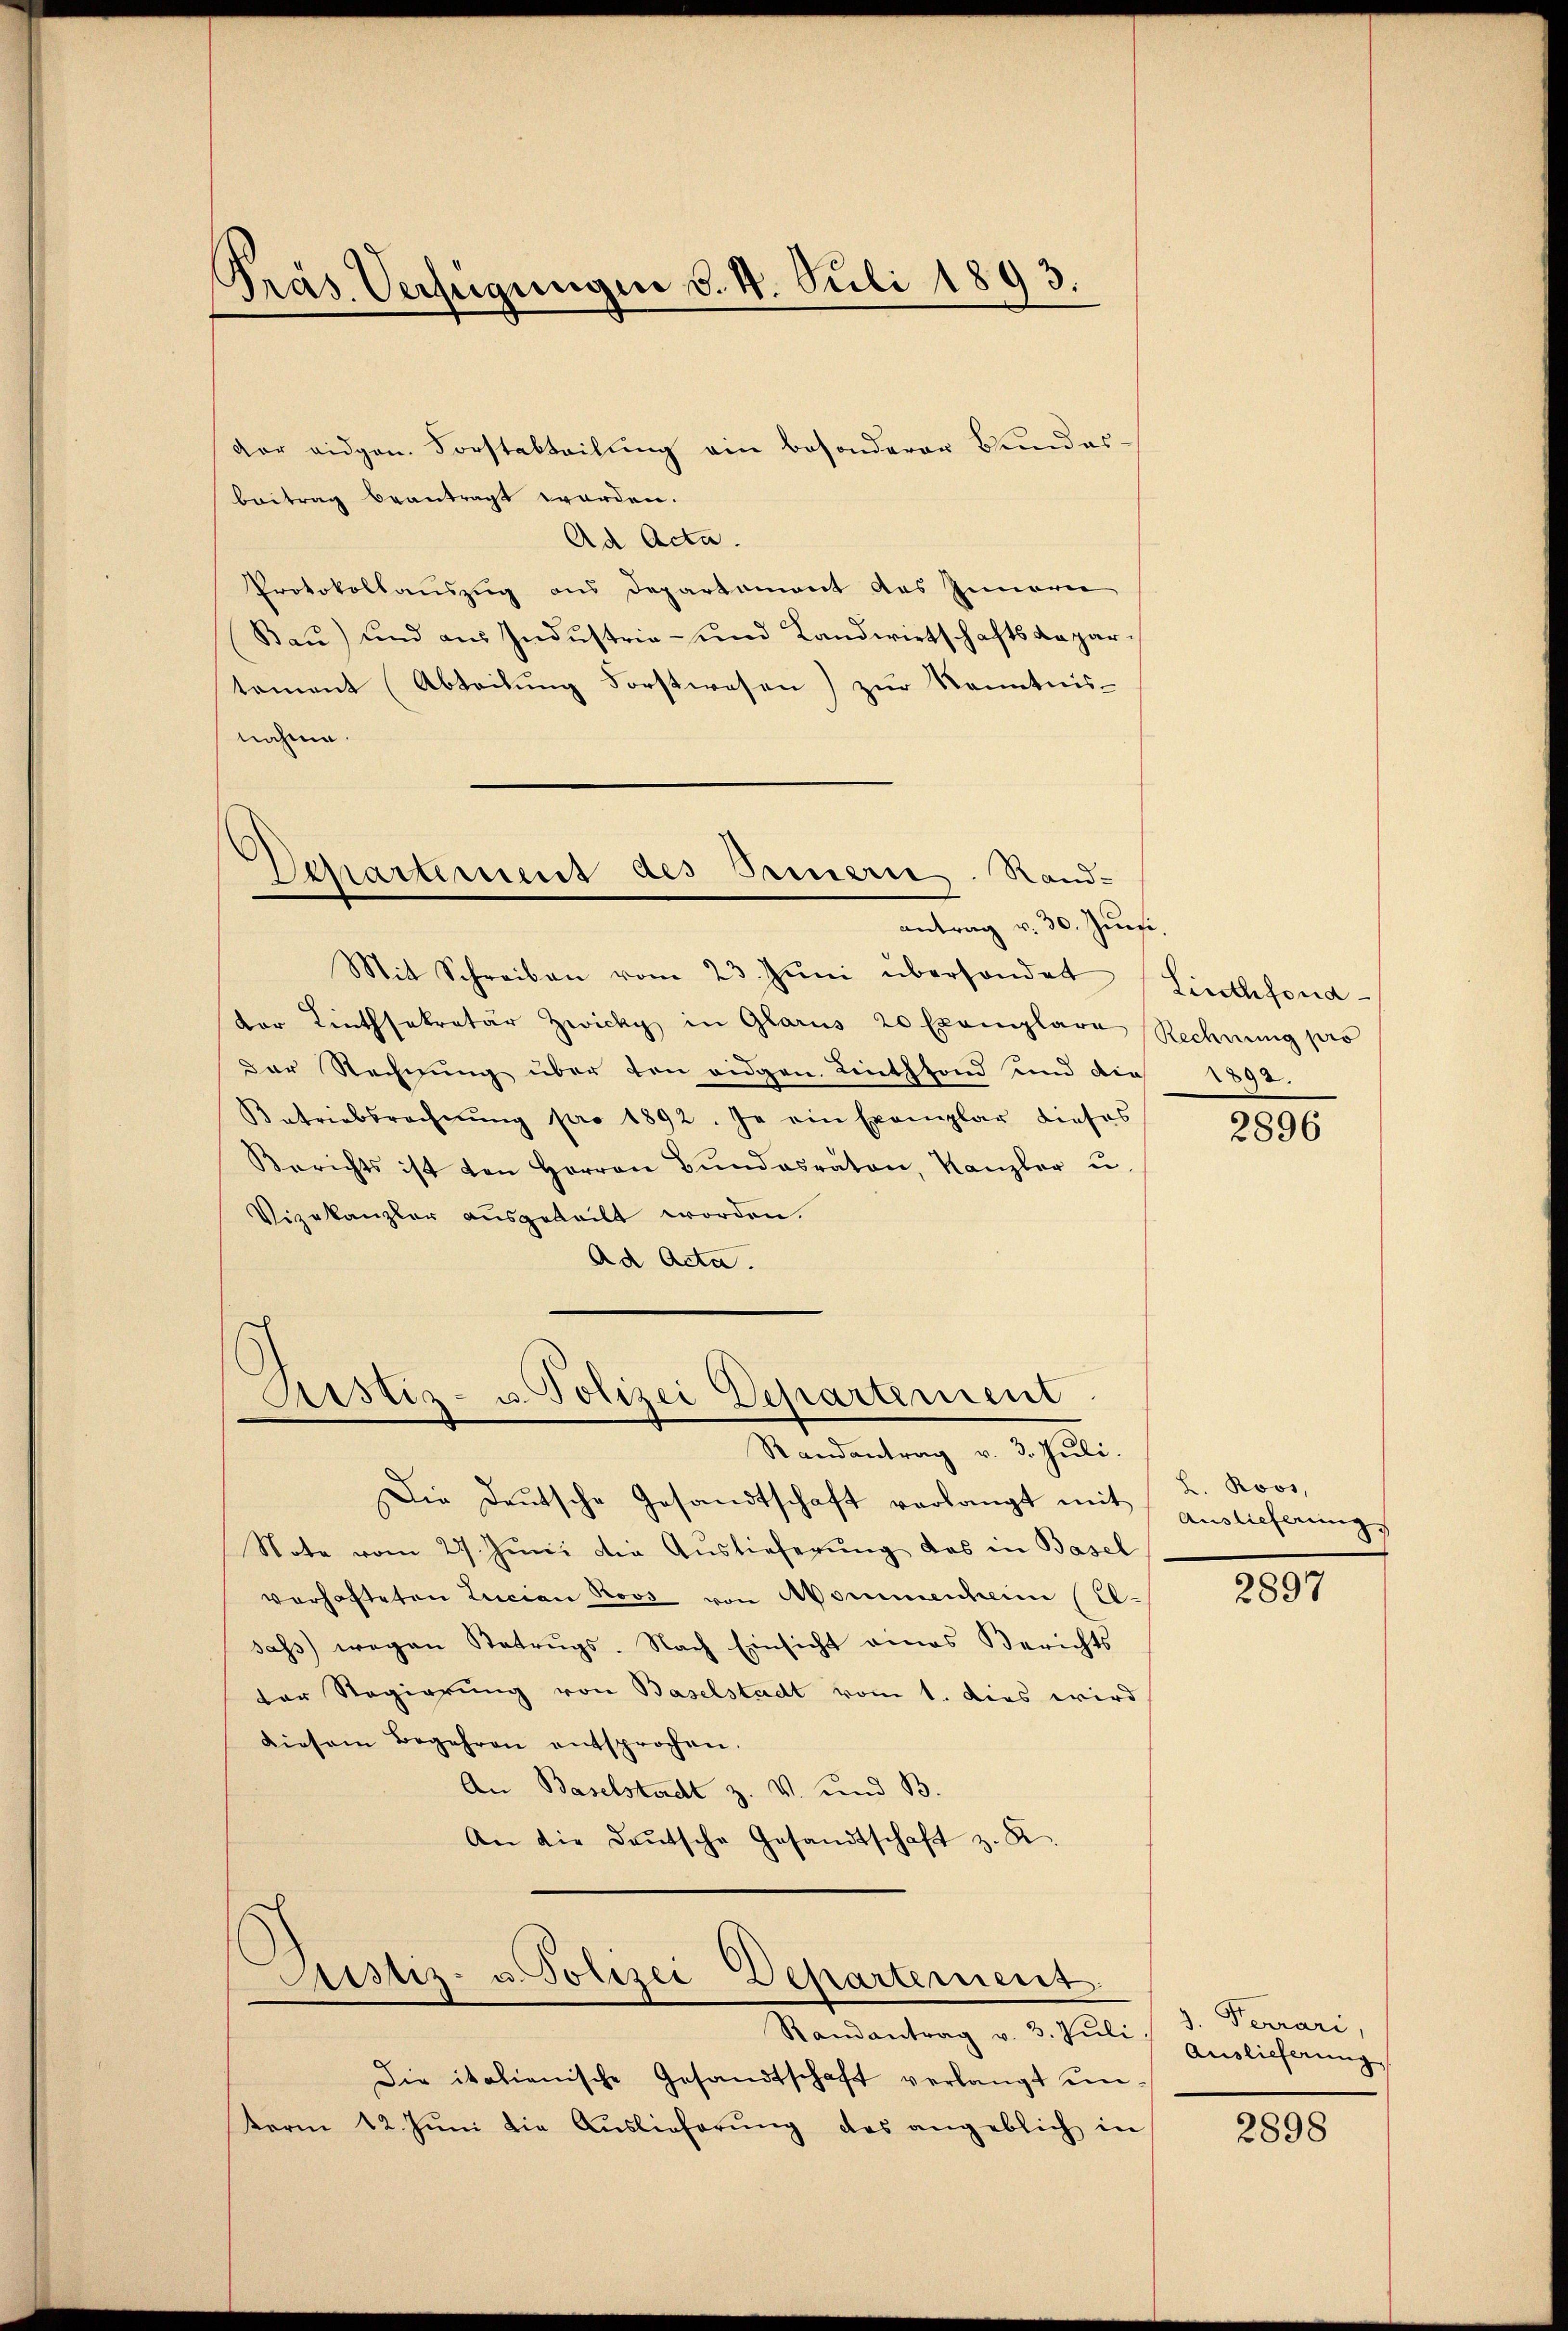
Präs. Verfügungen d. 4. Juli 1893.

der eidgen. Forstabteilŭng ein besonderer Bundes-
beitrag beantragt worden.
Ad Acta.
Protokollauszug aus Departement des Innern
Bau) und aus Industria- und Landwirtschaftsdepartement (Abteilung Forstwesen) zur Kenntnis-
nahme.

Mit Schreiben vom 23. Jŭni übersonder
der Linthsekretär Zwicky in Glarus 20 Exemplare
Der Rechnung über von eidgen. Linthfond und die 1892.
Aatriabbrechnŭng pro 1892. Ja ein Exemplar dieses
Berichts ist von Herren Bŭndesraten, Kanzler u.
Vizekanzler ausgeteilt worden.
Ad Acta.

Kartement des Innern. Randantrag v. 30. Juni,

Sistiz- u. Polizei Departement.
Randantrag v. 3. Juli.

Die Deutsche Gesandtschaft verlangt mit Auslieferungs
Note vom 27. Jŭni die Auslieferung das in Basel
verhafteten Lucian Roos von Mommenheim (El-
sass wegen Betrŭgs. Nach Einsicht eines Berichts
der Regierung von Baselstadt vom 1. Dies wird
diesem Begehren entsprochen.
An Baselstadt z. V. und B
An die Deutsche Gesandtschaft z. R.
Astiz- u. Polizei Departement
Randantrag v. 3. Jŭli) Auslieferung
Die italienische Gesandtschaft verlangt unterm 12. Juni die Auslieferŭng das angeblich in

Linthfond
Rechnung pro

2896

L. Roos,

2897

Ferrari,

2898